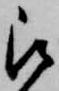
被